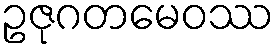
ဥဇုဂတမေဝဿ